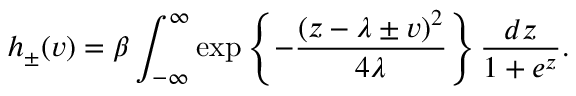
h _ { \pm } ( v ) = \beta \int _ { - \infty } ^ { \infty } \exp \left\lbrace - \frac { ( z - \lambda \pm v ) ^ { 2 } } { 4 \lambda } \right\rbrace \frac { d z } { 1 + e ^ { z } } .